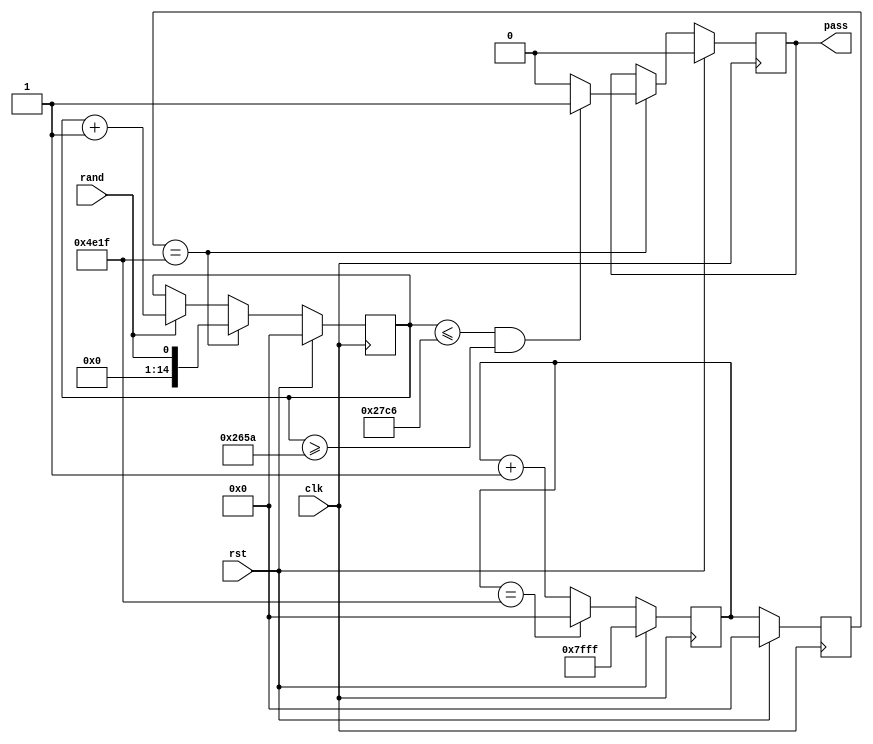
`timescale 1ns / 1ps
//////////////////////////////////////////////////////////////////////////////////
// Company: 
// Engineer: 
// 
// Design Name: 
// Module Name:    Frequency 
// Project Name: 
// Target Devices: 
// Tool versions: 
// Description: 
//
// Dependencies: 
//
// Revision: 
// Revision 0.01 - File Created
// Additional Comments: 
//
//////////////////////////////////////////////////////////////////////////////////
module Frequency(
    input wire clk,
	 input wire rst,
    input wire rand,
    output reg pass
    );
	 
parameter N = 20000, U = 10182, L = 9818;

reg [14:0] count_bits0, count_bits1, count_ones;

always @(posedge clk)
	if (rst) begin
		count_bits0 <= 15'H7FFF;
		count_bits1 <= 0;
		count_ones <= 0;
		pass <= 0;
	end
	else begin 
		count_bits0 <= count_bits0 + 1;
		count_bits1 <= count_bits0;
		if (count_bits0 == (N-1)) begin
			count_bits0 <= 0;
		end
		
		if (rand) count_ones <= count_ones + 1;				
		
		if (count_bits1 == (N-1)) begin
			count_ones <= rand;
			if ((count_ones <= U) && (count_ones >= L)) pass <= 1;
			else pass <= 0;
		end
	end

endmodule